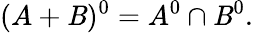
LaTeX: (A+\mathit{B})^{0}=A^{0}\cap\mathit{B}^{0}.